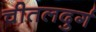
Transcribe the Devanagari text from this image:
चीतलदुर्ग